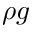
\rho \boldsymbol { g }